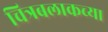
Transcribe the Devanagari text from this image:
चित्रबलाकच्या